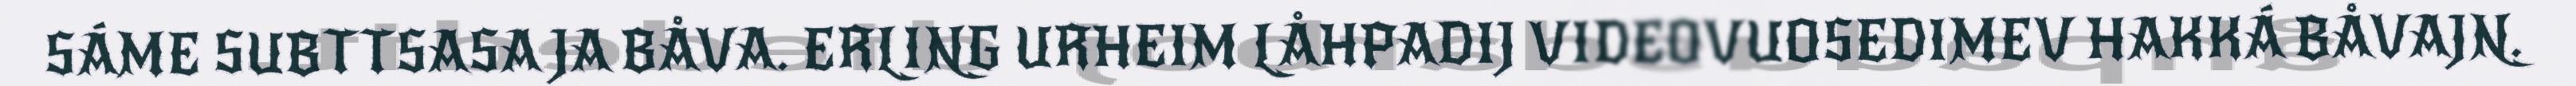
SÁME SUBTTSASA JA BÅVA. ERLING URHEIM LÅHPADIJ VIDEOVUOSEDIMEV HAKKÁ BÅVAJN.